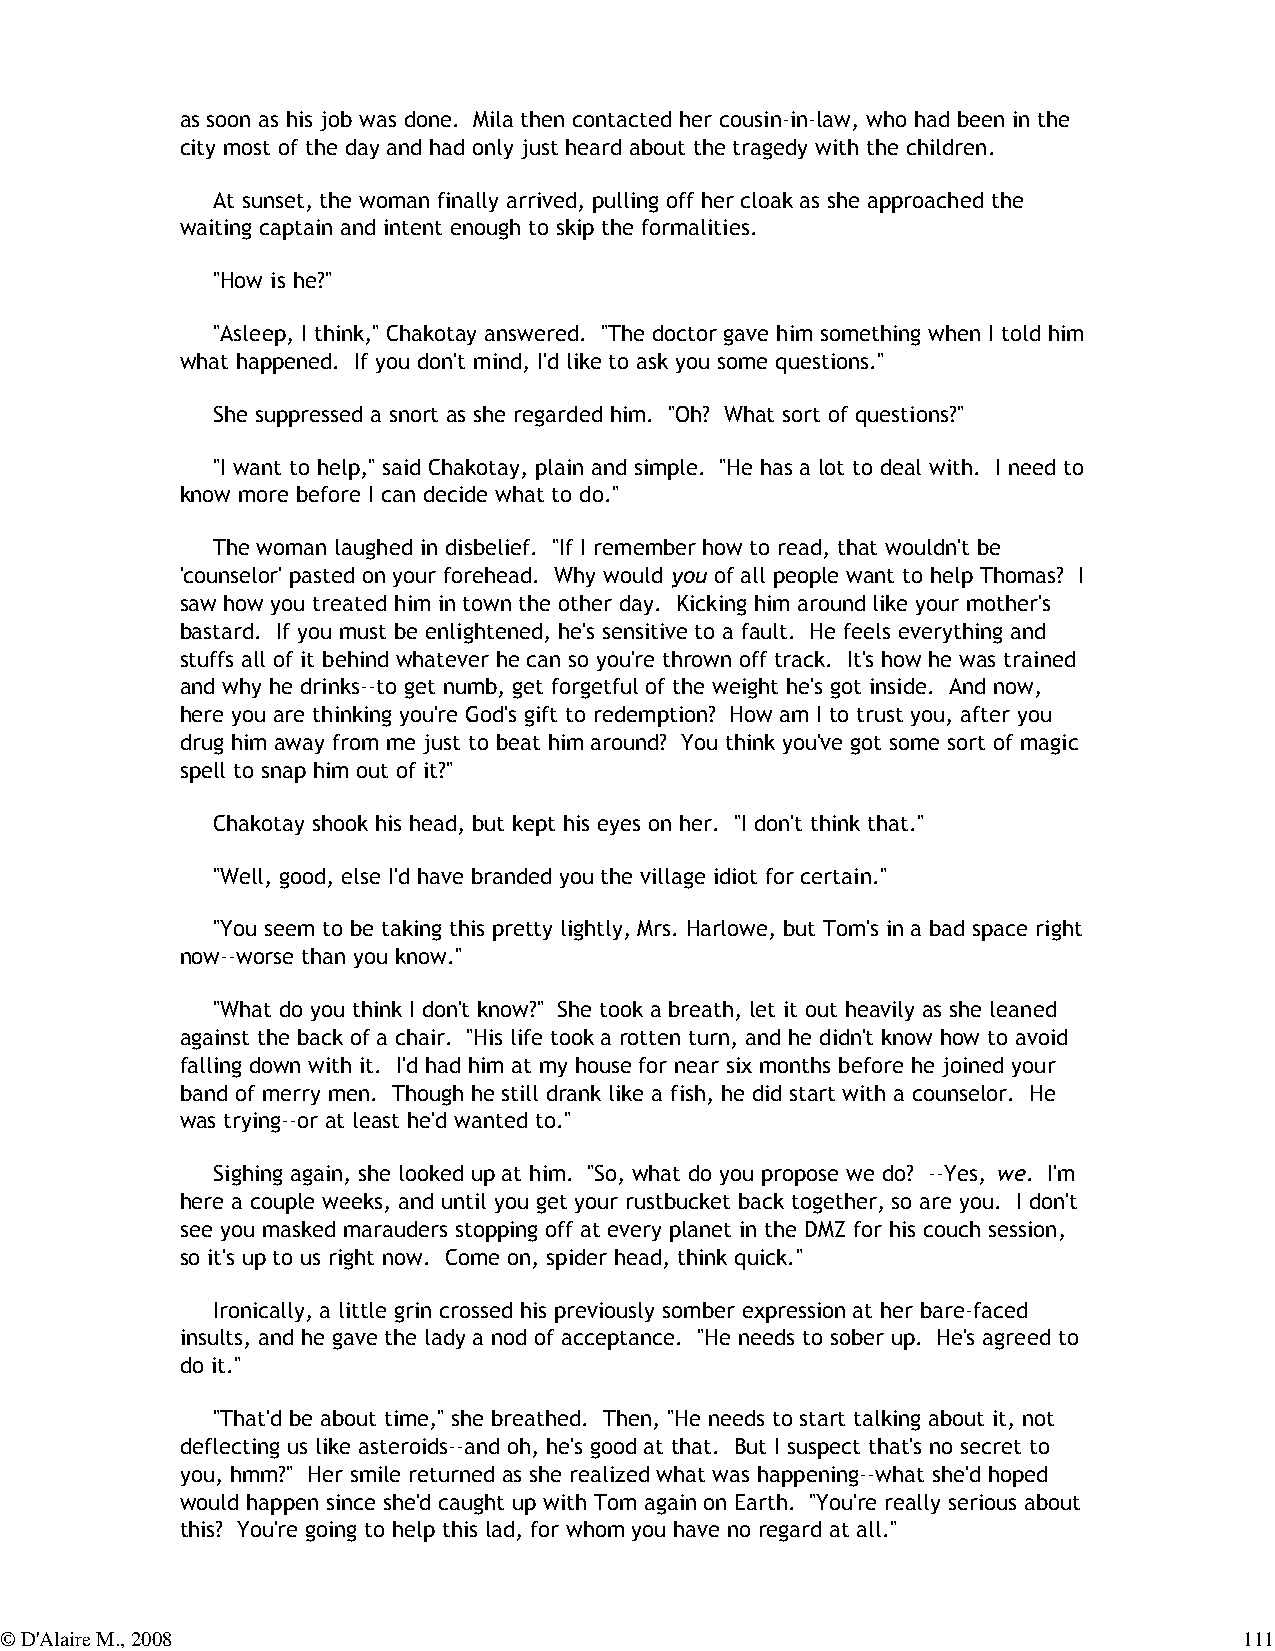
as soon as his job was done. Mila then contacted her cousin-in-law, who had been in the
 city most of the day and had only just heard about the tragedy with the children.
 At sunset, the woman finally arrived, pulling off her cloak as she approached the
 waiting captain and intent enough to skip the formalities.
 "How is he?"
 "Asleep, I think," Chakotay answered. "The doctor gave him something when I told him
 what happened. If you don't mind, I'd like to ask you some questions."
 She suppressed a snort as she regarded him. "Oh? What sort of questions?"
 "I want to help," said Chakotay, plain and simple. "He has a lot to deal with. I need to
 know more before I can decide what to do."
 The woman laughed in disbelief. "If I remember how to read, that wouldn't be
 'counselor' pasted on your forehead. Why would you of all people want to help Thomas? I
 saw how you treated him in town the other day. Kicking him around like your mother's
 bastard. If you must be enlightened, he's sensitive to a fault. He feels everything and
 stuffs all of it behind whatever he can so you're thrown off track. It's how he was trained
 and why he drinks--to get numb, get forgetful of the weight he's got inside. And now,
 here you are thinking you're God's gift to redemption? How am I to trust you, after you
 drug him away from me just to beat him around? You think you've got some sort of magic
 spell to snap him out of it?"
 Chakotay shook his head, but kept his eyes on her. "I don't think that."
 "Well, good, else I'd have branded you the village idiot for certain."
 "You seem to be taking this pretty lightly, Mrs. Harlowe, but Tom's in a bad space right
 now--worse than you know."
 "What do you think I don't know?" She took a breath, let it out heavily as she leaned
 against the back of a chair. "His life took a rotten turn, and he didn't know how to avoid
 falling down with it. I'd had him at my house for near six months before he joined your
 band of merry men. Though he still drank like a fish, he did start with a counselor. He
 was trying--or at least he'd wanted to."
 Sighing again, she looked up at him. "So, what do you propose we do? --Yes, we. I'm
 here a couple weeks, and until you get your rustbucket back together, so are you. I don't
 see you masked marauders stopping off at every planet in the DMZ for his couch session,
 so it's up to us right now. Come on, spider head, think quick."
 Ironically, a little grin crossed his previously somber expression at her bare-faced
 insults, and he gave the lady a nod of acceptance. "He needs to sober up. He's agreed to
 do it."
 "That'd be about time," she breathed. Then, "He needs to start talking about it, not
 deflecting us like asteroids--and oh, he's good at that. But I suspect that's no secret to
 you, hmm?" Her smile returned as she realized what was happening--what she'd hoped
 would happen since she'd caught up with Tom again on Earth. "You're really serious about
 this? You're going to help this lad, for whom you have no regard at all."
 © D'Alaire M., 2008                                                               111